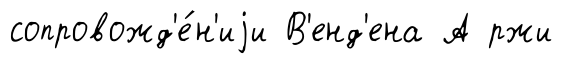
сопровожд'е́н'иjи В'енд'ена А ржи